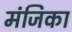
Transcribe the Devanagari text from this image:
मंजिका